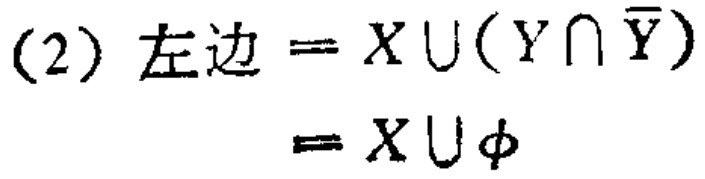
(2) 左边 = \(X \cup (Y \cap \overline{Y})\)

= \(X \cup \varnothing\)